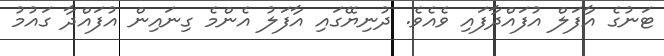
ޓަނުގެ އާފަލް އުފައްދާފައި ވެއެވެ. ދުނިޔޭގައި އާފަލު އެންމެ ގިނައިން އުފައްދާ ގައުމު